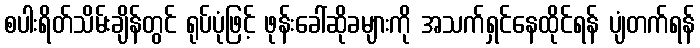
စပါးရိတ်သိမ်းချိန်တွင် ရုပ်ပုံဖြင့် ဖုန်းခေါ်ဆိုခများကို အသက်ရှင်နေထိုင်ရန် ပျံတက်ရန်